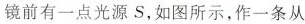
镜前有一点光源S，如图所示，作一条从